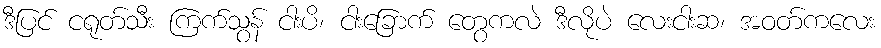
ဒီပြင် ငရုတ်သီး ကြက်သွန် ငါးပိ၊ ငါးခြောက် တွေကလဲ ဒီလိုပဲ လေးငါးဆ၊ အဝတ်ကလေး